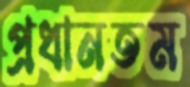
প্রধানতম